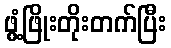
ဖွံ့ဖြိုးတိုးတက်ပြီး